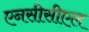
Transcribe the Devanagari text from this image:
एनसीसीएल